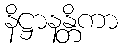
နိဋ္ဌာနန္တိကာ